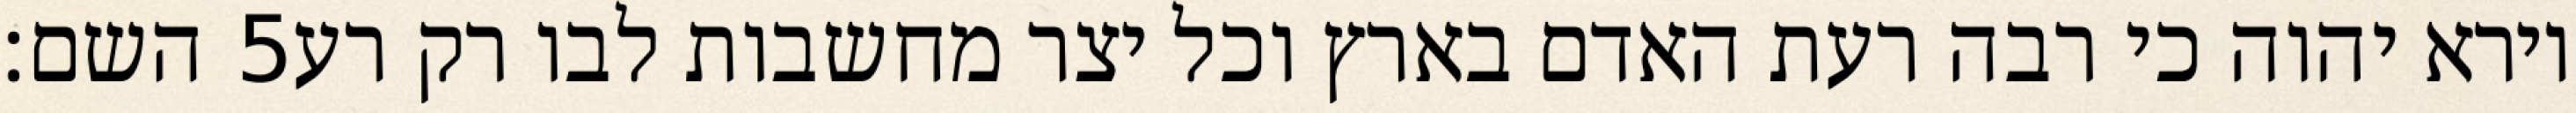
השם׃ ‎5‏ וירא יהוה כי רבה רעת האדם בארץ וכל יצר מחשבות לבו רק רע